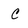
Character: C